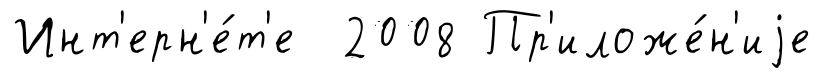
Инт'ерн'е́т'е 2008 Пр'иложе́н'иjе